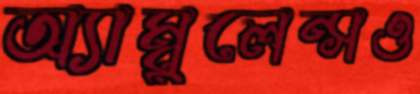
অ্যাম্বুলেন্সও